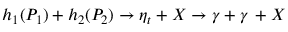
h _ { 1 } ( P _ { 1 } ) + h _ { 2 } ( P _ { 2 } ) \rightarrow \eta _ { t } + X \rightarrow \gamma + \gamma \, + X